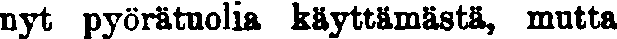
nyt pyörätuolia käyttämästä, mutta